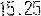
15.25